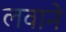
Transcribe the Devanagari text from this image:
लवाने